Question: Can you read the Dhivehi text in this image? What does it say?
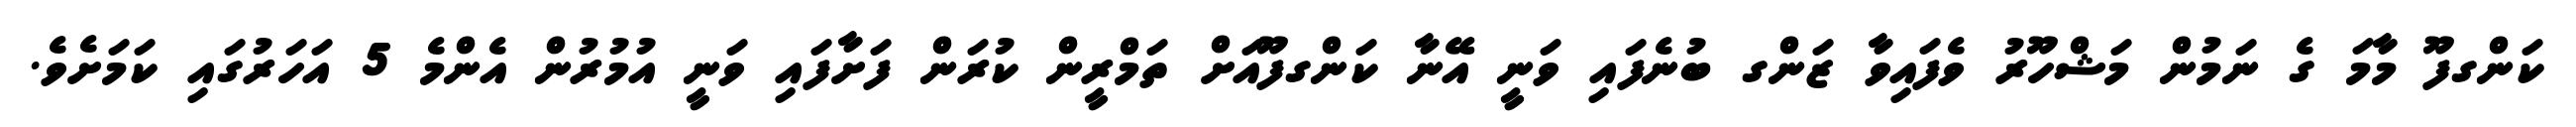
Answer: ކަންގފޫ މާމަ ގެ ނަމުން މަޝްހޫރު ވެފައިވާ ޒަންގ ބުނެފައި ވަނީ އޭނާ ކަންގފޫއަށް ތަމްރީން ކުރަން ފަށާފައި ވަނީ އުމުރުން އެންމެ 5 އަހަރުގައި ކަމަށެވެ.